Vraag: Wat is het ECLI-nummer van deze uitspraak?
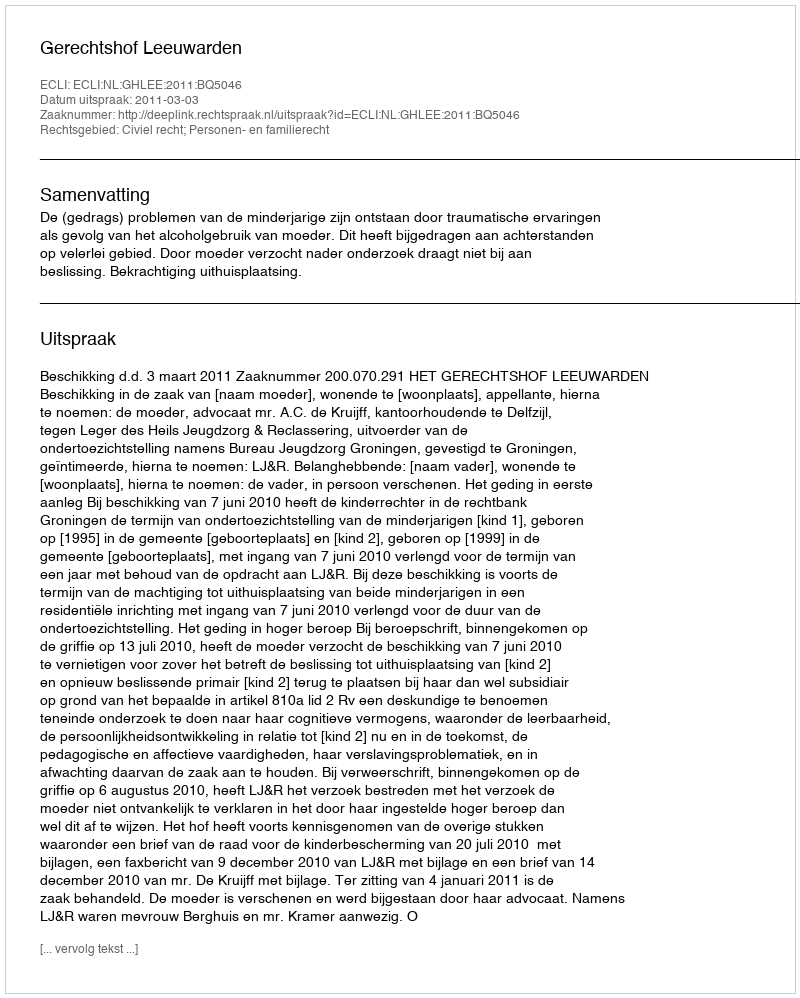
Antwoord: ECLI:NL:GHLEE:2011:BQ5046